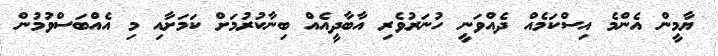
ޔާމީން އެންމެ އިސްކަމެއް ދެއްވަނީ ހުނަރުވެރި އާބާދީއެއް ބިނާކުރުމަށް ކަމަށާއި މި އެއްބަސްވުމުން